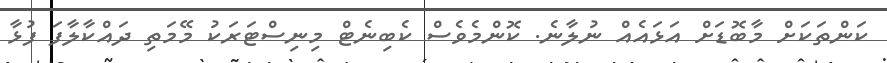
ކަންތަކަށް މާބޮޑަށް އަޅައެއް ނުލާނެ. ކޮންމެވެސް ކެބިނެޓް މިނިސްޓަރަކު މޭމަތި ދައްކާލާފަ ފުޅާ